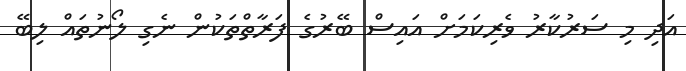
އަދި މި ސަރުކާރު ވެރިކަމަށް އައިސް ބޭރުގެ ފަރާތްތަކުން ނެގި ލޯނުތައް ލިބޭ